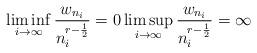
LaTeX: \begin{align*}\liminf_{i\to\infty}\frac{w_{n_i}}{n_i^{r-\frac{1}{2}}} = 0 \limsup_{i\to\infty}\frac{w_{n_i}}{n_i^{r-\frac{1}{2}}} = \infty\end{align*}